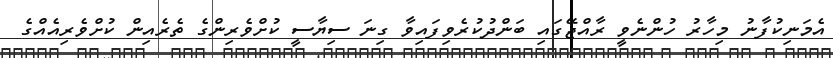
އެމަނިކުފާނު މިހާރު ހުންނެވީ ރާއްޖޭގައި ބަންދުކުރެވިފައިވާ ގިނަ ސިޔާސީ ކުށްވެރިންގެ ތެރެއިން ކުށްވެރިއެއްގެ